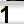
Digit: 1